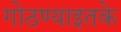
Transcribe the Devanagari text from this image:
गोठण्याइतके